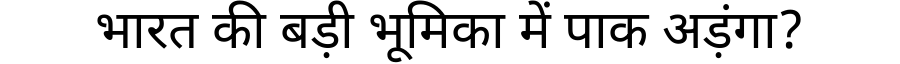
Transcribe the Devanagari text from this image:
भारत की बड़ी भूमिका में पाक अड़ंगा?